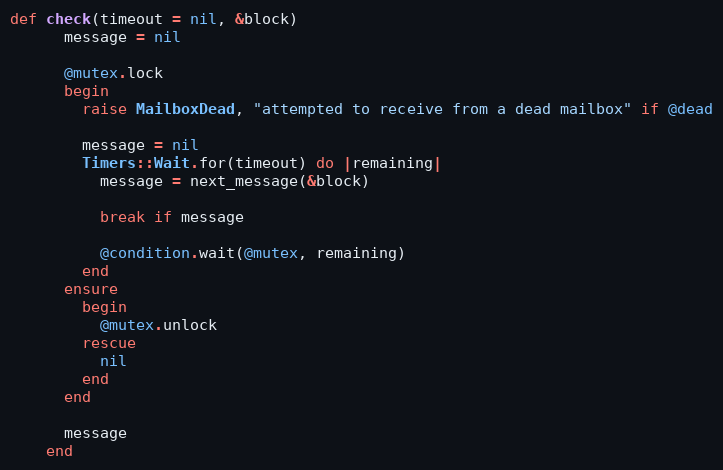
Language: Ruby
def check(timeout = nil, &block)
      message = nil

      @mutex.lock
      begin
        raise MailboxDead, "attempted to receive from a dead mailbox" if @dead

        message = nil
        Timers::Wait.for(timeout) do |remaining|
          message = next_message(&block)

          break if message

          @condition.wait(@mutex, remaining)
        end
      ensure
        begin
          @mutex.unlock
        rescue
          nil
        end
      end

      message
    end